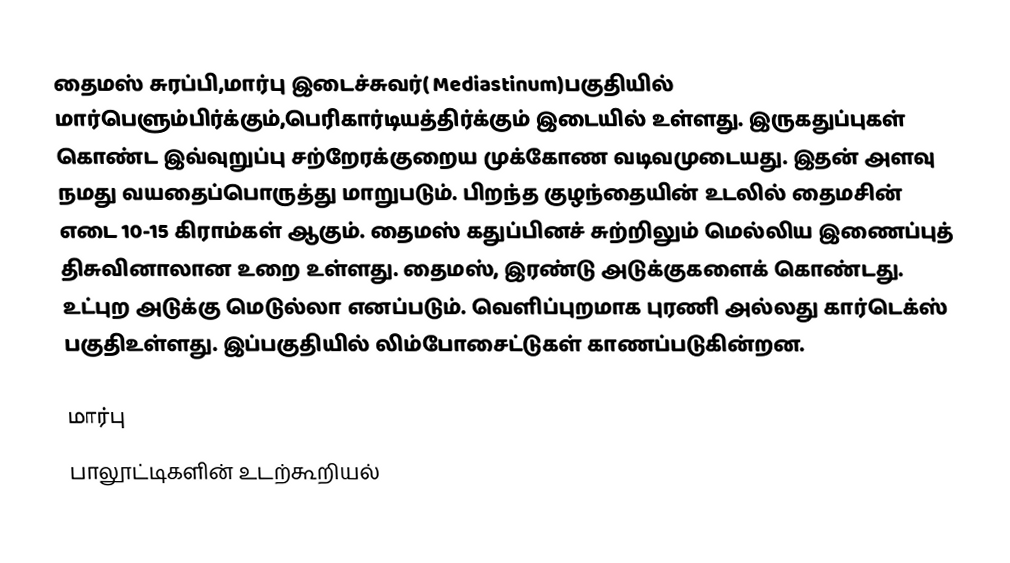
தைமஸ் சுரப்பி,மார்பு இடைச்சுவர்( Mediastinum)பகுதியில் மார்பெளும்பிர்க்கும்,பெரிகார்டியத்திர்க்கும் இடையில் உள்ளது. இருகதுப்புகள் கொண்ட இவ்வுறுப்பு சற்றேரக்குறைய  முக்கோண வடிவமுடையது. இதன் அளவு நமது வயதைப்பொருத்து மாறுபடும். பிறந்த குழந்தையின் உடலில் தைமசின் எடை 10-15 கிராம்கள் ஆகும்.  தைமஸ் கதுப்பினச் சுற்றிலும் மெல்லிய இணைப்புத் திசுவினாலான உறை உள்ளது. தைமஸ், இரண்டு அடுக்குகளைக் கொண்டது. உட்புற அடுக்கு மெடுல்லா எனப்படும். வெளிப்புறமாக புரணி அல்லது கார்டெக்ஸ் பகுதிஉள்ளது. இப்பகுதியில் லிம்போசைட்டுகள்   காணப்படுகின்றன.

மார்பு
பாலூட்டிகளின் உடற்கூறியல்